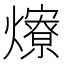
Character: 爎